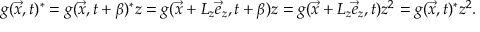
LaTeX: g ( \vec { x } , t ) ^ { * } = g ( \vec { x } , t + \beta ) ^ { * } z = g ( \vec { x } + L _ { z } \vec { e } _ { z } , t + \beta ) z = g ( \vec { x } + L _ { z } \vec { e } _ { z } , t ) z ^ { 2 } = g ( \vec { x } , t ) ^ { * } z ^ { 2 } .